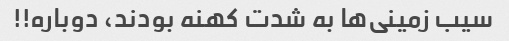
سیب زمینی‌ها به شدت کهنه بودند، دوباره!!